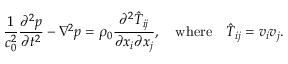
{ \frac { 1 } { c _ { 0 } ^ { 2 } } } { \frac { \partial ^ { 2 } p } { \partial t ^ { 2 } } } - \nabla ^ { 2 } p = \rho _ { 0 } { \frac { \partial ^ { 2 } { \hat { T } } _ { i j } } { \partial x _ { i } \partial x _ { j } } } , \quad { \mathrm { w h e r e } } \quad { \hat { T } } _ { i j } = v _ { i } v _ { j } .